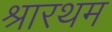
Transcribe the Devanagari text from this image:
श्रारथम